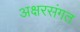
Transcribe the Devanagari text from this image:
अक्षरसंगत